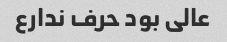
عالی بود حرف ندارع